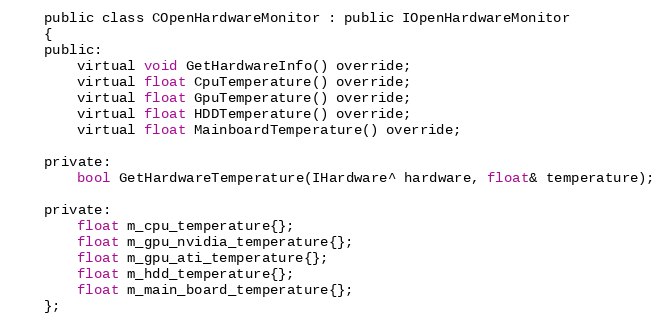
Language: C
    public class COpenHardwareMonitor : public IOpenHardwareMonitor
	{
    public:
        virtual void GetHardwareInfo() override;
        virtual float CpuTemperature() override;
        virtual float GpuTemperature() override;
        virtual float HDDTemperature() override;
        virtual float MainboardTemperature() override;

    private:
        bool GetHardwareTemperature(IHardware^ hardware, float& temperature);

    private:
        float m_cpu_temperature{};
        float m_gpu_nvidia_temperature{};
        float m_gpu_ati_temperature{};
        float m_hdd_temperature{};
        float m_main_board_temperature{};
    };